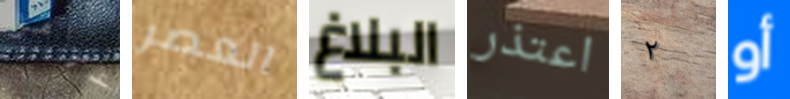
عوامل العصر البلاغ اعتذر ٢ أو